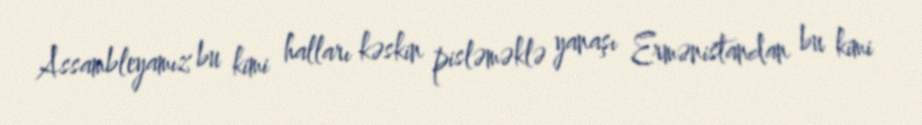
Assambleyamız bu kimi halları kəskin pisləməklə yanaşı Ermənistandan bu kimi